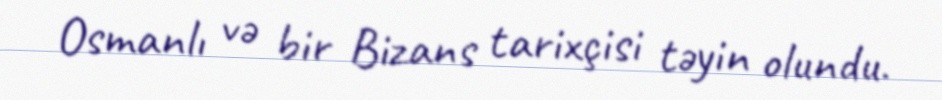
Osmanlı və bir Bizans tarixçisi təyin olundu.